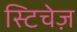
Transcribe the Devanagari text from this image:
स्टिचेज़